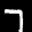
Label: 7